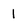
Character: 1